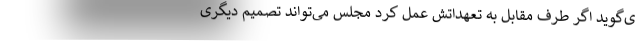
ی‌گوید اگر طرف مقابل به تعهداتش عمل کرد مجلس می‌تواند تصمیم دیگری